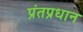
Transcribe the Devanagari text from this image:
प्रंतप्रधान